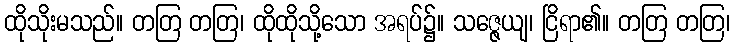
ထိုသိုးမသည်။ တတြ တတြ၊ ထိုထိုသို့သော အရပ်၌။ သဇ္ဇေယျ၊ ငြိရာ၏။ တတြ တတြ၊